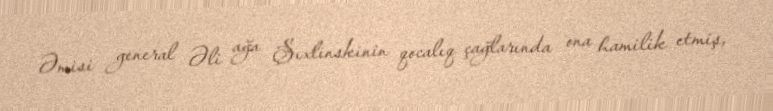
Əmisi general Əli ağa Şıxlinskinin qocalıq çağlarında ona hamilik etmiş,